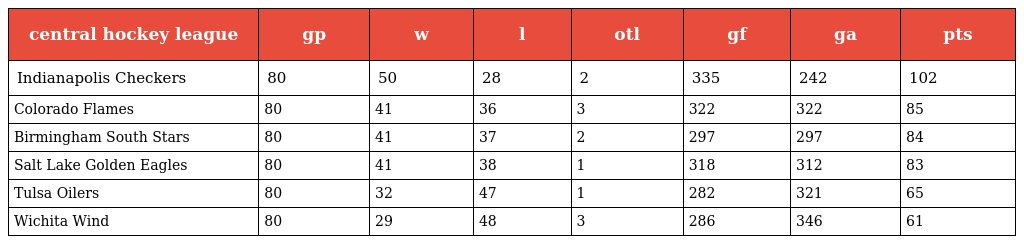
| central hockey league | gp | w | l | otl | gf | ga | pts |
 | --- | --- | --- | --- | --- | --- | --- | --- |
 | Indianapolis Checkers | 80 | 50 | 28 | 2 | 335 | 242 | 102 |
 | Colorado Flames | 80 | 41 | 36 | 3 | 322 | 322 | 85 |
 | Birmingham South Stars | 80 | 41 | 37 | 2 | 297 | 297 | 84 |
 | Salt Lake Golden Eagles | 80 | 41 | 38 | 1 | 318 | 312 | 83 |
 | Tulsa Oilers | 80 | 32 | 47 | 1 | 282 | 321 | 65 |
 | Wichita Wind | 80 | 29 | 48 | 3 | 286 | 346 | 61 |